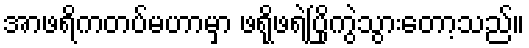
အာဖရိကတပ်မဟာမှာ ဖရိုဖရဲပြိုကွဲသွားတော့သည်။